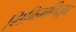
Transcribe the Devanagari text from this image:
मिनिमलिज़्म